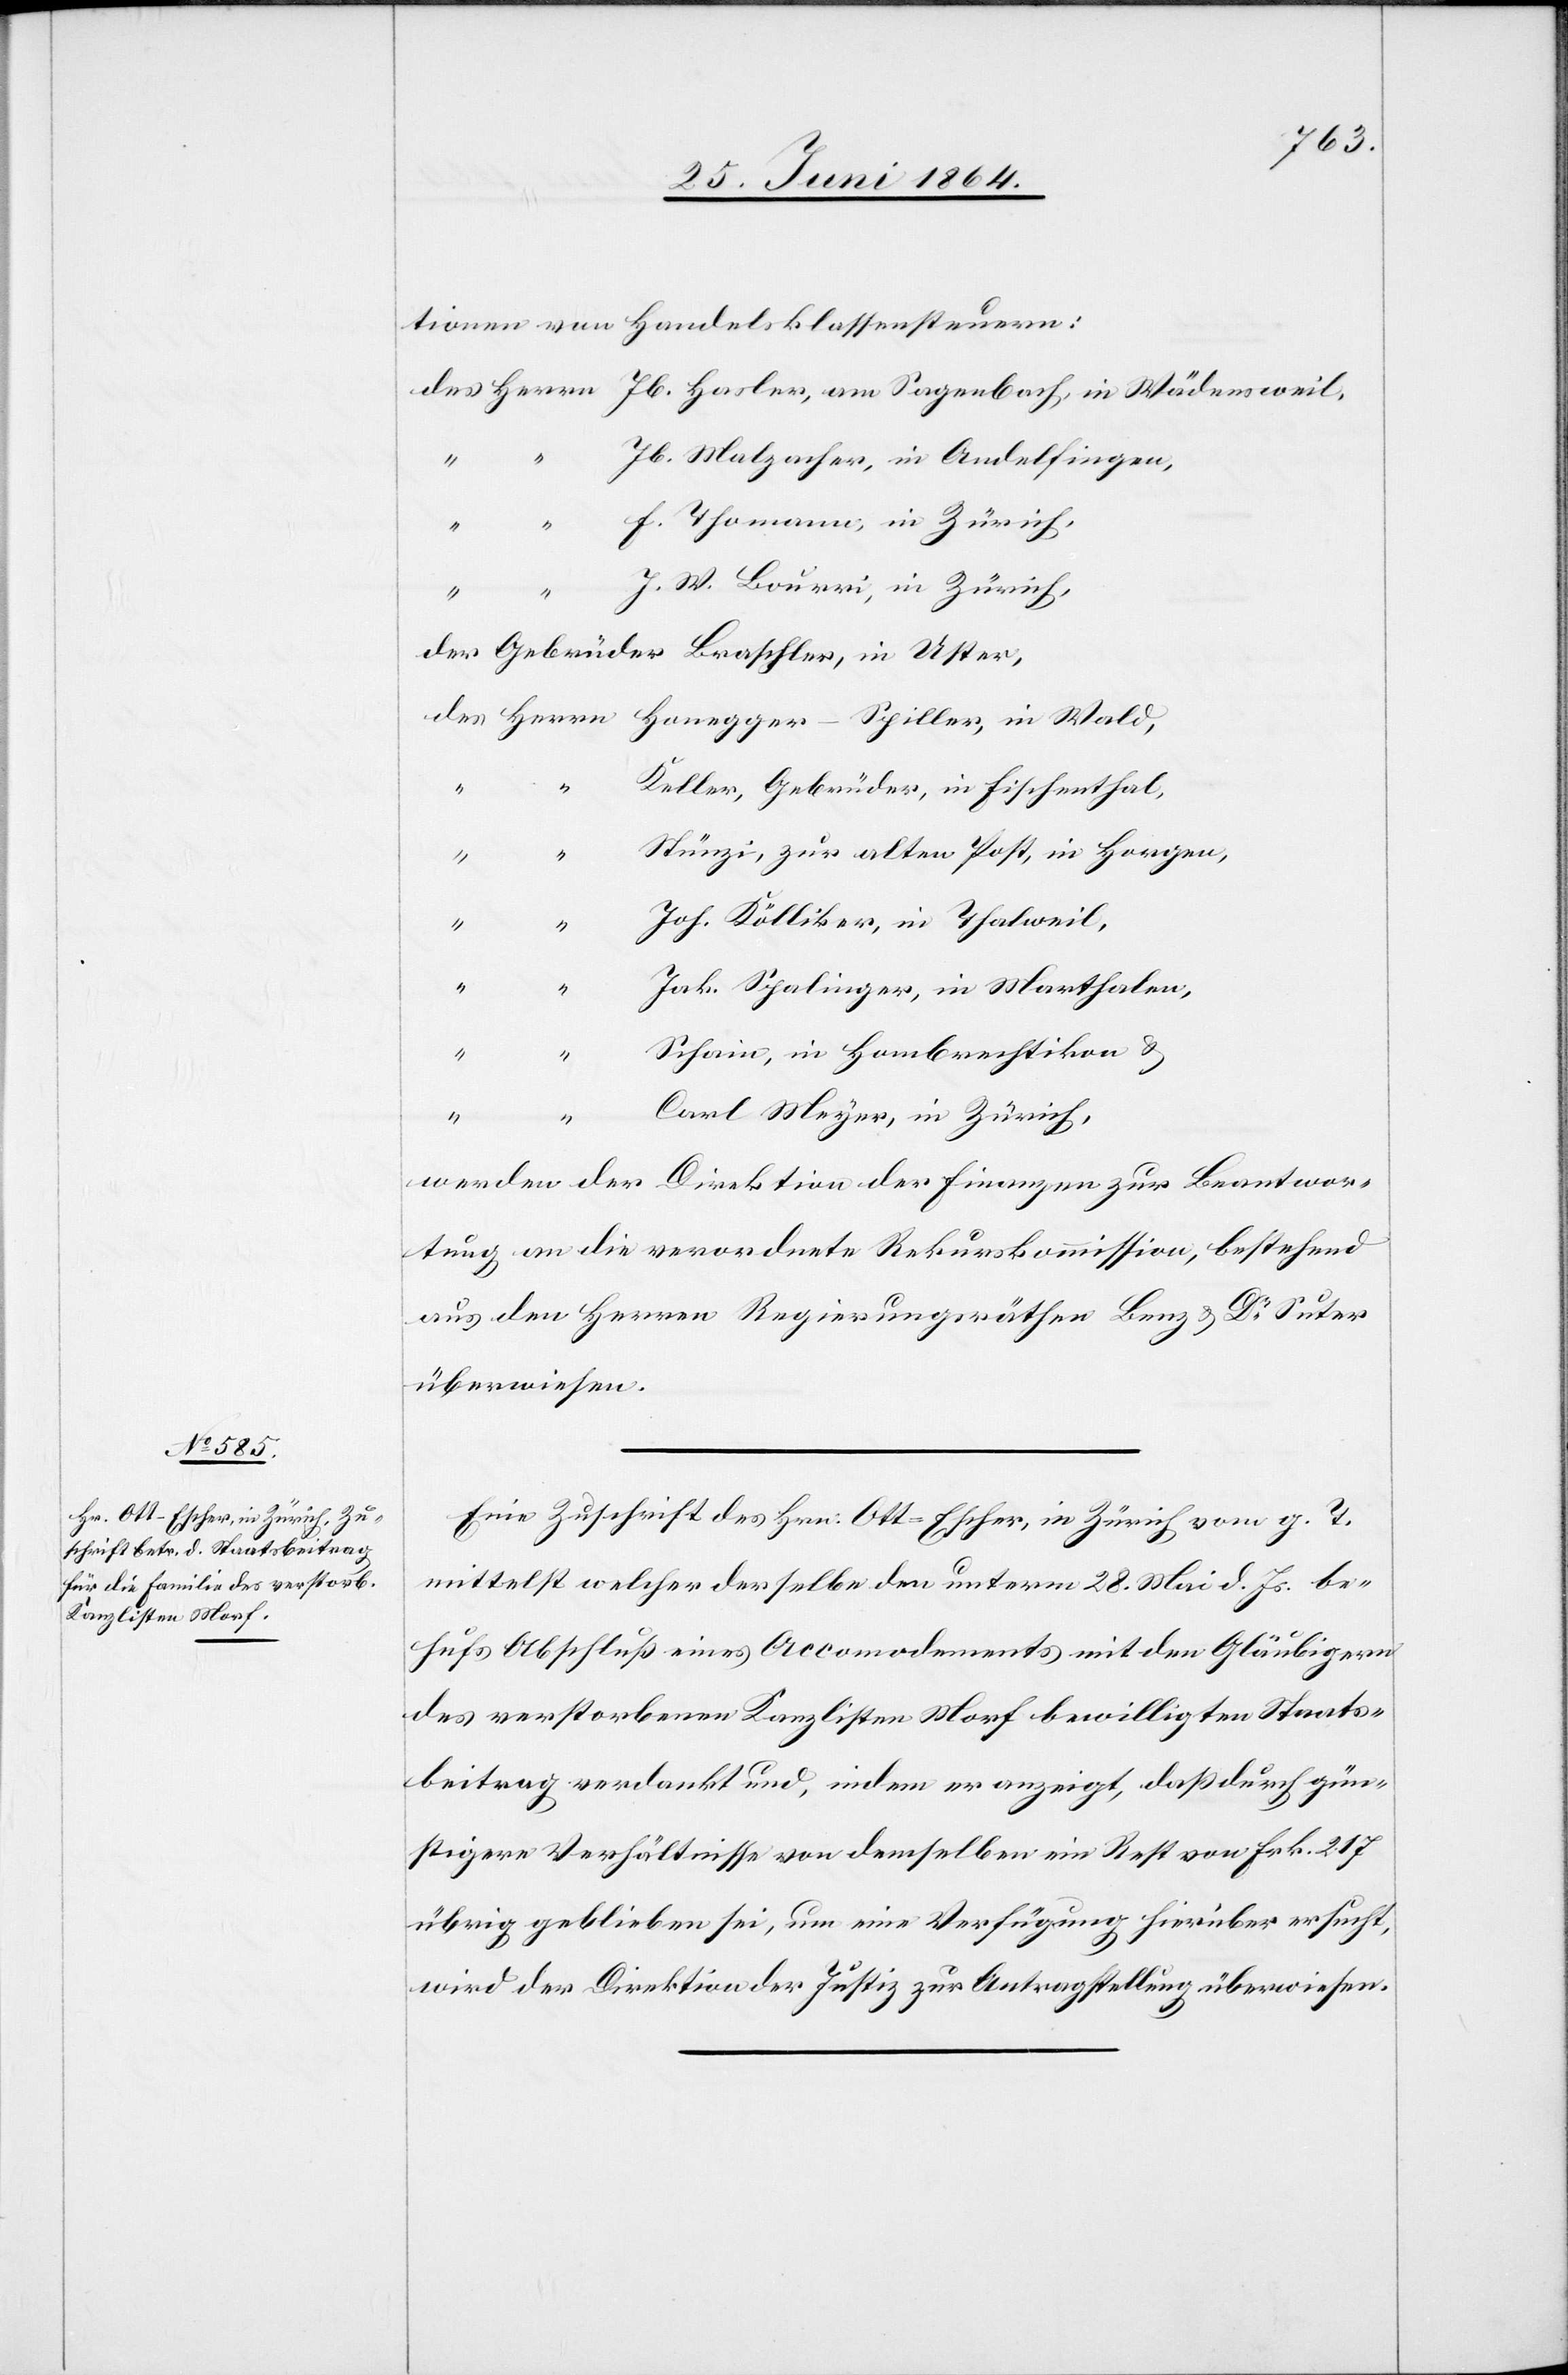
tionen von Handelsklassensteuern:
des	Herrn	Jb. Hasler, am Sagenbach, in Wädensweil,
“		Jb. Malzacher, in Andelfingen,
“		F. Thomann, in Zürich,
W. Bourri, in Zürich,
der Gebrüder Braschler, in Uster,
der	Herrn	Honegger-Spiller, in Wald,
eller, Gebrüder, in Fischenthal,
“		Stünzi, zur alten Post, in Horgen,
[Fortsetzung
“		Joh. Kölliker, in Thalweil,
“		Jak. Spalinger, in Marthalen,
“		Schain, in Hombrechtikon u.
arl Meyer, in Zürich,
werden der Direktion der Finanzen zur Beantwor¬
tung an die verordnete Rekurskommission, bestehend
aus den Herren Regierungsräthen Benz u. Dr Suter
überwiesen.
den
Eine Zuschrift des Hrn: Ott-Escher, in Zürich vom g. T.
mittelst welcher derselbe den unterm 28. Mai d. Js. be¬
hufs Abschluß eines Accomodements mit den Gläubigern
des verstorbenen Kanzlisten Morf bewilligten Staats¬
beitrag verdankt und, indem er anzeigt, daß durch gün¬
stigere Verhältnisse von demselben ein Rest von Frk. 217
übrig geblieben sei, um eine Verfügung hierüber ersucht,
wird der Direktion der Justiz zur Antragstellung überwiesen.